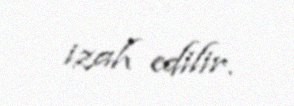
izah edilir.